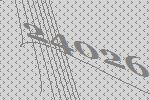
24026